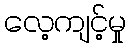
လေ့ကျင့်မှု